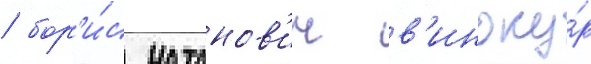
/ бор'и́с натанов'ич в'иноку́р